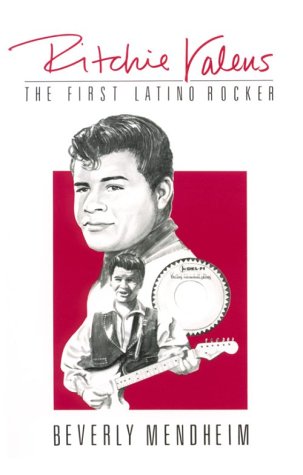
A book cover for Ritchie Valens: The First Latino Rocker; Beverly Mendheim; Biographies & Memoirs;